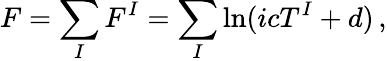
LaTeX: F=\sum_{I}F^{I}=\sum_{I}\ln(icT^{I}+d)\, ,